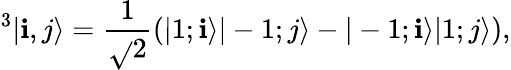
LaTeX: ^3|\mathbf{i},j\rangle=\frac{{1}}{{\sqrt{}{{2}}}}\left(|1;\mathbf{i}\rangle|-1;j\rangle-|-1;\mathbf{i}\rangle|1;j\rangle\right),